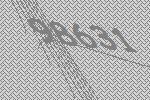
98631